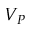
V _ { P }